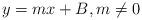
LaTeX: \begin{align*}y=mx+B,m\neq 0 \end{align*}